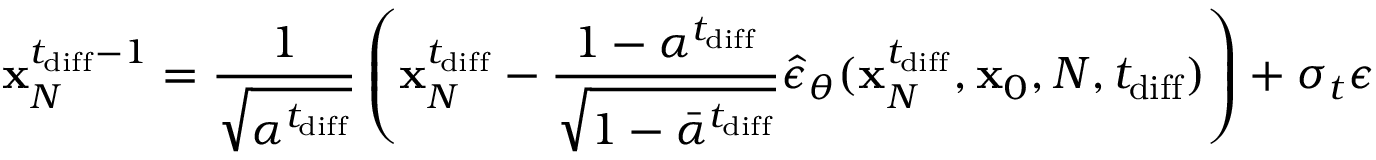
\mathbf { x } _ { N } ^ { t _ { \mathrm { d i f f } } - 1 } = \frac { 1 } { \sqrt { \alpha ^ { t _ { \mathrm { d i f f } } } } } \left( \mathbf { x } _ { N } ^ { t _ { \mathrm { d i f f } } } - \frac { 1 - \alpha ^ { t _ { \mathrm { d i f f } } } } { \sqrt { 1 - \bar { \alpha } ^ { t _ { \mathrm { d i f f } } } } } \hat { \epsilon } _ { \theta } ( \mathbf { x } _ { N } ^ { t _ { \mathrm { d i f f } } } , \mathbf { x } _ { 0 } , N , t _ { \mathrm { d i f f } } ) \right) + \sigma _ { t } \epsilon